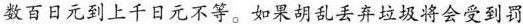
数百日元到上千日元不等。如果胡乱丢弃垃圾将会受到罚